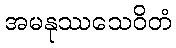
အမနုဿသေဝိတံ